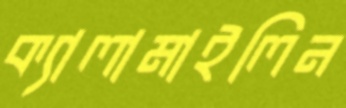
ক্যালামাইলিন